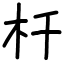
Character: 杄